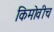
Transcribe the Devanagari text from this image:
किमोवीच